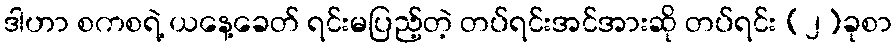
ဒါဟာ စကစရဲ့ ယနေ့ခေတ် ရင်းမပြည့်တဲ့ တပ်ရင်းအင်အားဆို တပ်ရင်း (၂)ခုစာ